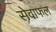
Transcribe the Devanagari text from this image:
सेवाफल